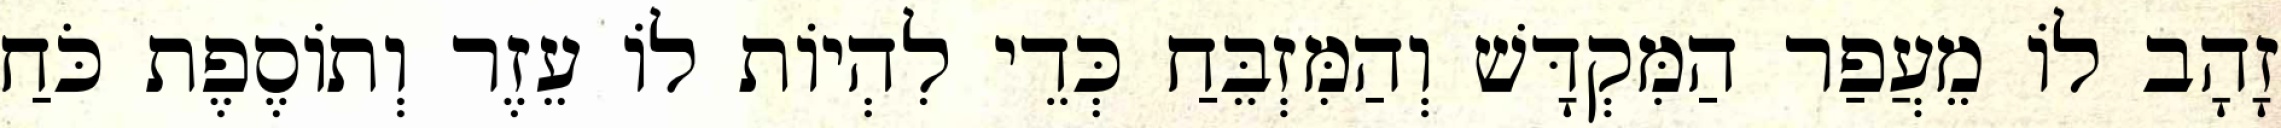
זָהָב לוֹ מֵעֲפַר הַמִּקְדָּשׁ וְהַמִּזְבֵּחַ כְּדֵי לִהְיוֹת לוֹ עֵזֶר וְתוֹסֶפֶת כֹּחַ